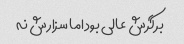
برگرش عالی بود اما سزارش نه